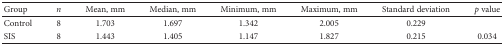
<table><thead><tr><td><b>Group</b></td><td><b><i>n</i></b></td><td><b>Mean, mm</b></td><td><b>Median, mm</b></td><td><b>Minimum, mm</b></td><td><b>Maximum, mm</b></td><td><b>Standard deviation</b></td><td><b><i>p</i> value</b></td></tr></thead><tbody><tr><td>Control</td><td>8</td><td>1.703</td><td>1.697</td><td>1.342</td><td>2.005</td><td>0.229</td><td></td></tr><tr><td>SIS</td><td>8</td><td>1.443</td><td>1.405</td><td>1.147</td><td>1.827</td><td>0.215</td><td>0.034</td></tr></tbody></table>